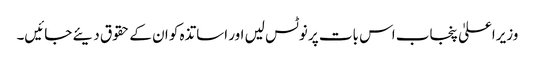
وزیراعلیٰ پنجاب اس بات پر نوٹس لیں اور اساتذہ کو ان کے حقوق دیئے جائیں۔